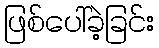
ဖြစ်ပေါ်ခဲ့ခြင်း